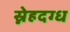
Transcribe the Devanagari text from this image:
स्नेहदग्ध